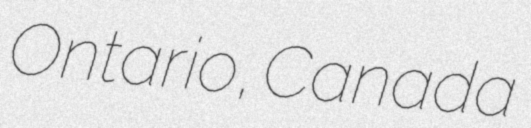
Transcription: Ontario, Canada